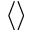
\langle \rangle